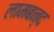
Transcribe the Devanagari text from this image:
लामबन्द